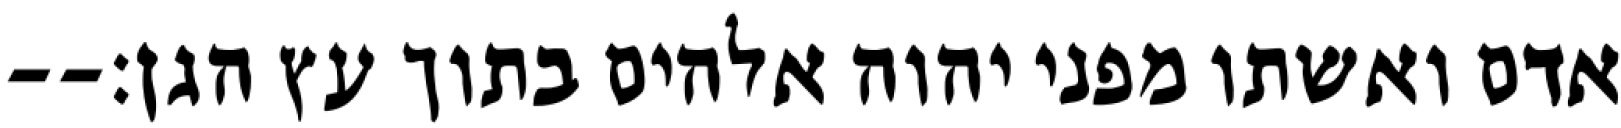
אדם ואשתו מפני יהוה אלהים בתוך עץ הגן׃--